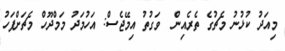
މިއަދު ކުޅުނު މެޗުގެ ތެރެއިން  ވަގުތު އިމޭޖެސް: އަހުމަދު މަމްދޫހް މެޗަށްފަހު